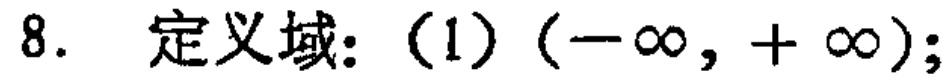
8. 定义域：(1) \((-\infty, +\infty)\);